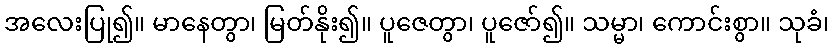
အလေးပြု၍။ မာနေတွာ၊ မြတ်နိုး၍။ ပူဇေတွာ၊ ပူဇော်၍။ သမ္မာ၊ ကောင်းစွာ။ သုခံ၊